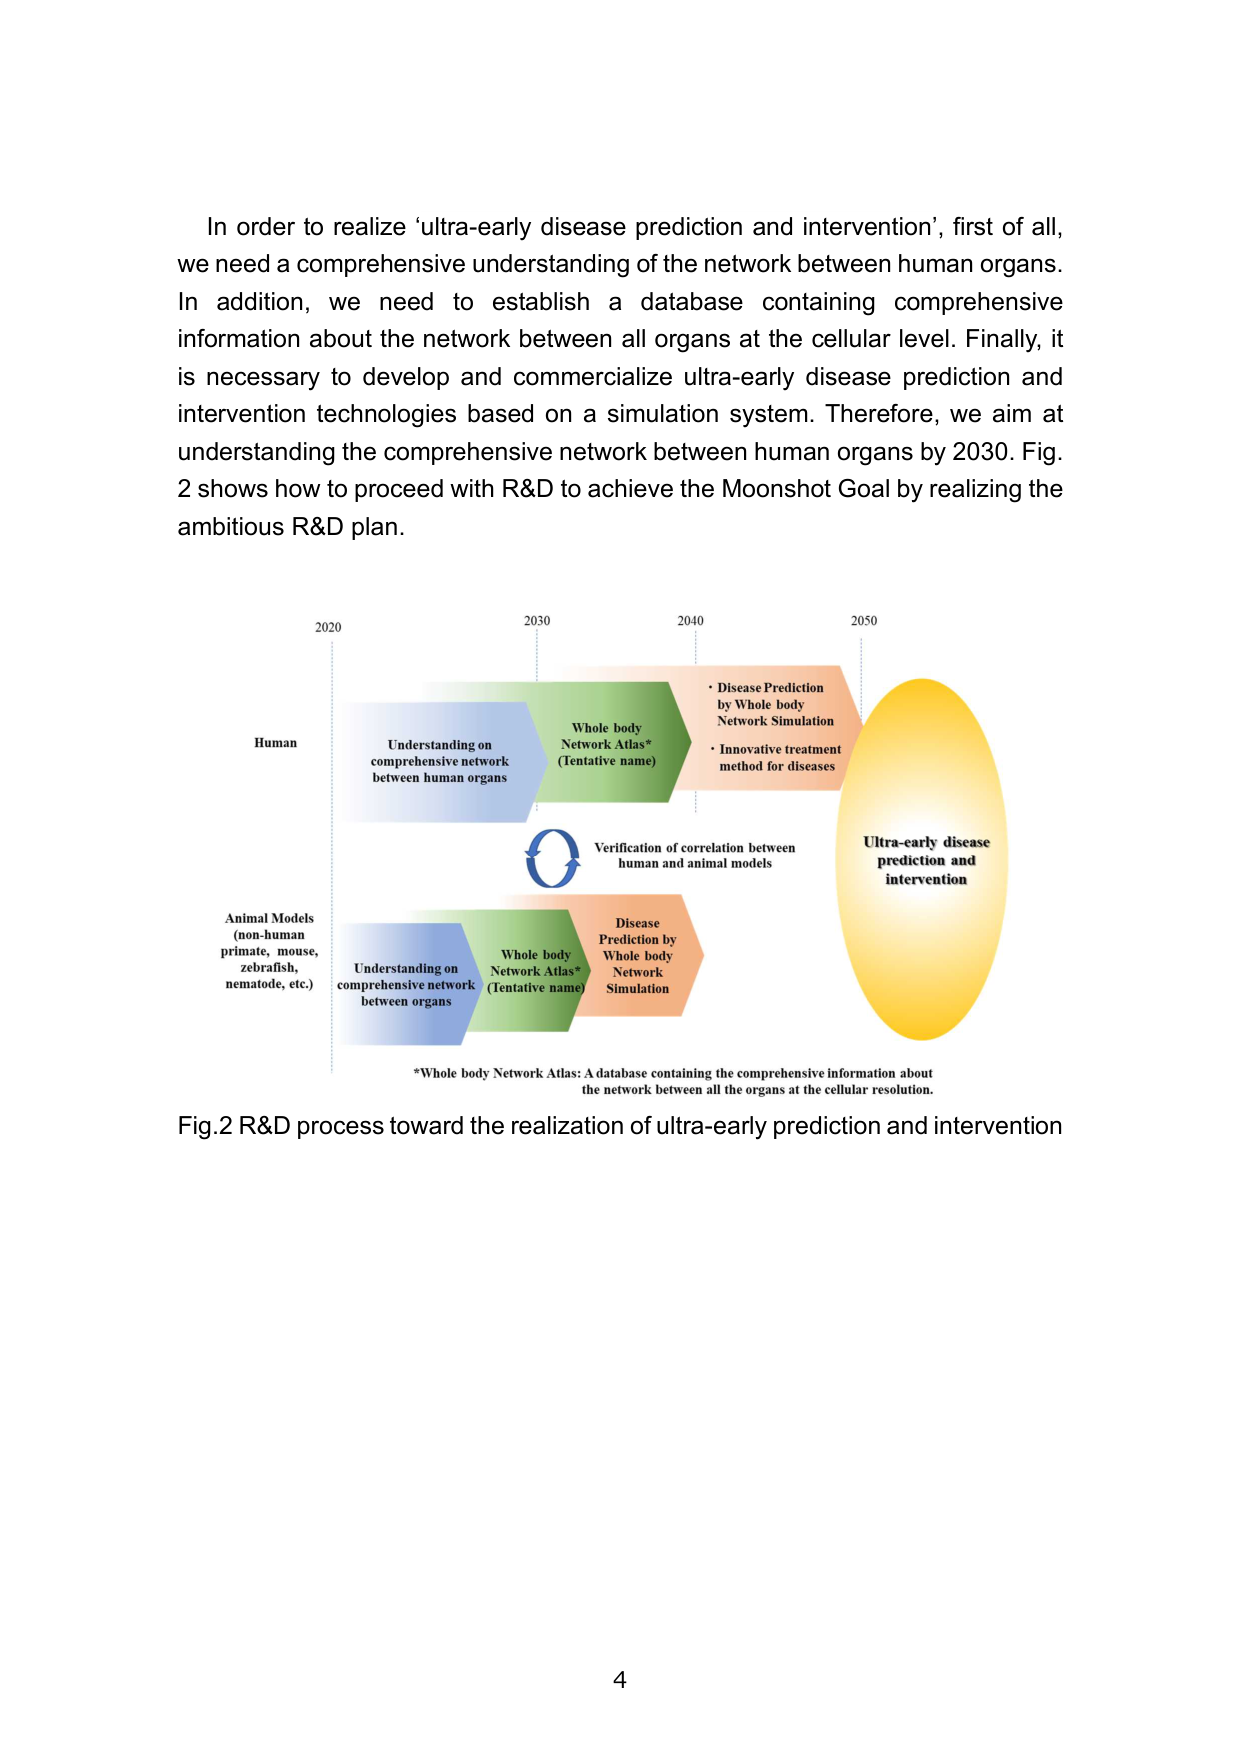
In order to realize ‘ultra-early disease prediction and intervention’, first of all, we need a comprehensive understanding of the network between human organs. In addition, we need to establish a database containing comprehensive information about the network between all organs at the cellular level. Finally, it is necessary to develop and commercialize ultra-early disease prediction and intervention technologies based on a simulation system. Therefore, we aim at understanding the comprehensive network between human organs by 2030. Fig. 2 shows how to proceed with R&D to achieve the Moonshot Goal by realizing the ambitious R&D plan.

2020
2030
2040
2050

Human
Understanding on comprehensive network between human organs
Whole body Network Atlas* (Tentative name)
• Disease Prediction by Whole body Network Simulation
• Innovative treatment method for diseases
Ultra-early disease prediction and intervention

Animal Models (non-human primate, mouse, zebrafish, nematode, etc.)
Understanding on comprehensive network between organs
Whole body Network Atlas* (Tentative name)
Disease Prediction by Whole body Network Simulation

Verification of correlation between human and animal models

*Whole body Network Atlas: A database containing the comprehensive information about the network between all the organs at the cellular resolution.

Fig.2 R&D process toward the realization of ultra-early prediction and intervention

4